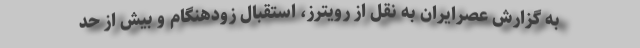
به گزارش عصرایران به نقل از رویترز، استقبال زودهنگام و بیش از حد